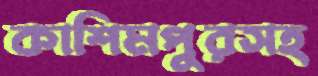
কাশিমপুরসহ